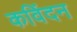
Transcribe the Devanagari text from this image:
कविंदन